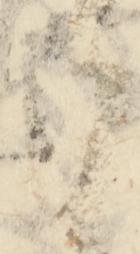
候